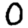
Digit: 0